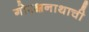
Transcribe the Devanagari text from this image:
गोरक्षनाथाची